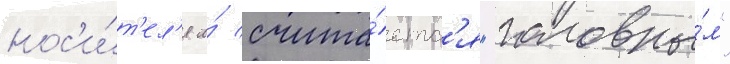
нос'и́т'ел'я и́ счита́етс'я "головны́м"